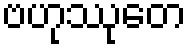
ဗဟုဿုတေ